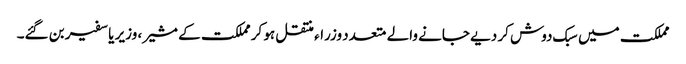
مملکت میں سبک دوش کر دیے جانے والے متعدد وزراء منتقل ہو کر مملکت کے مشیر ، وزیر یا سفیر بن گئے۔